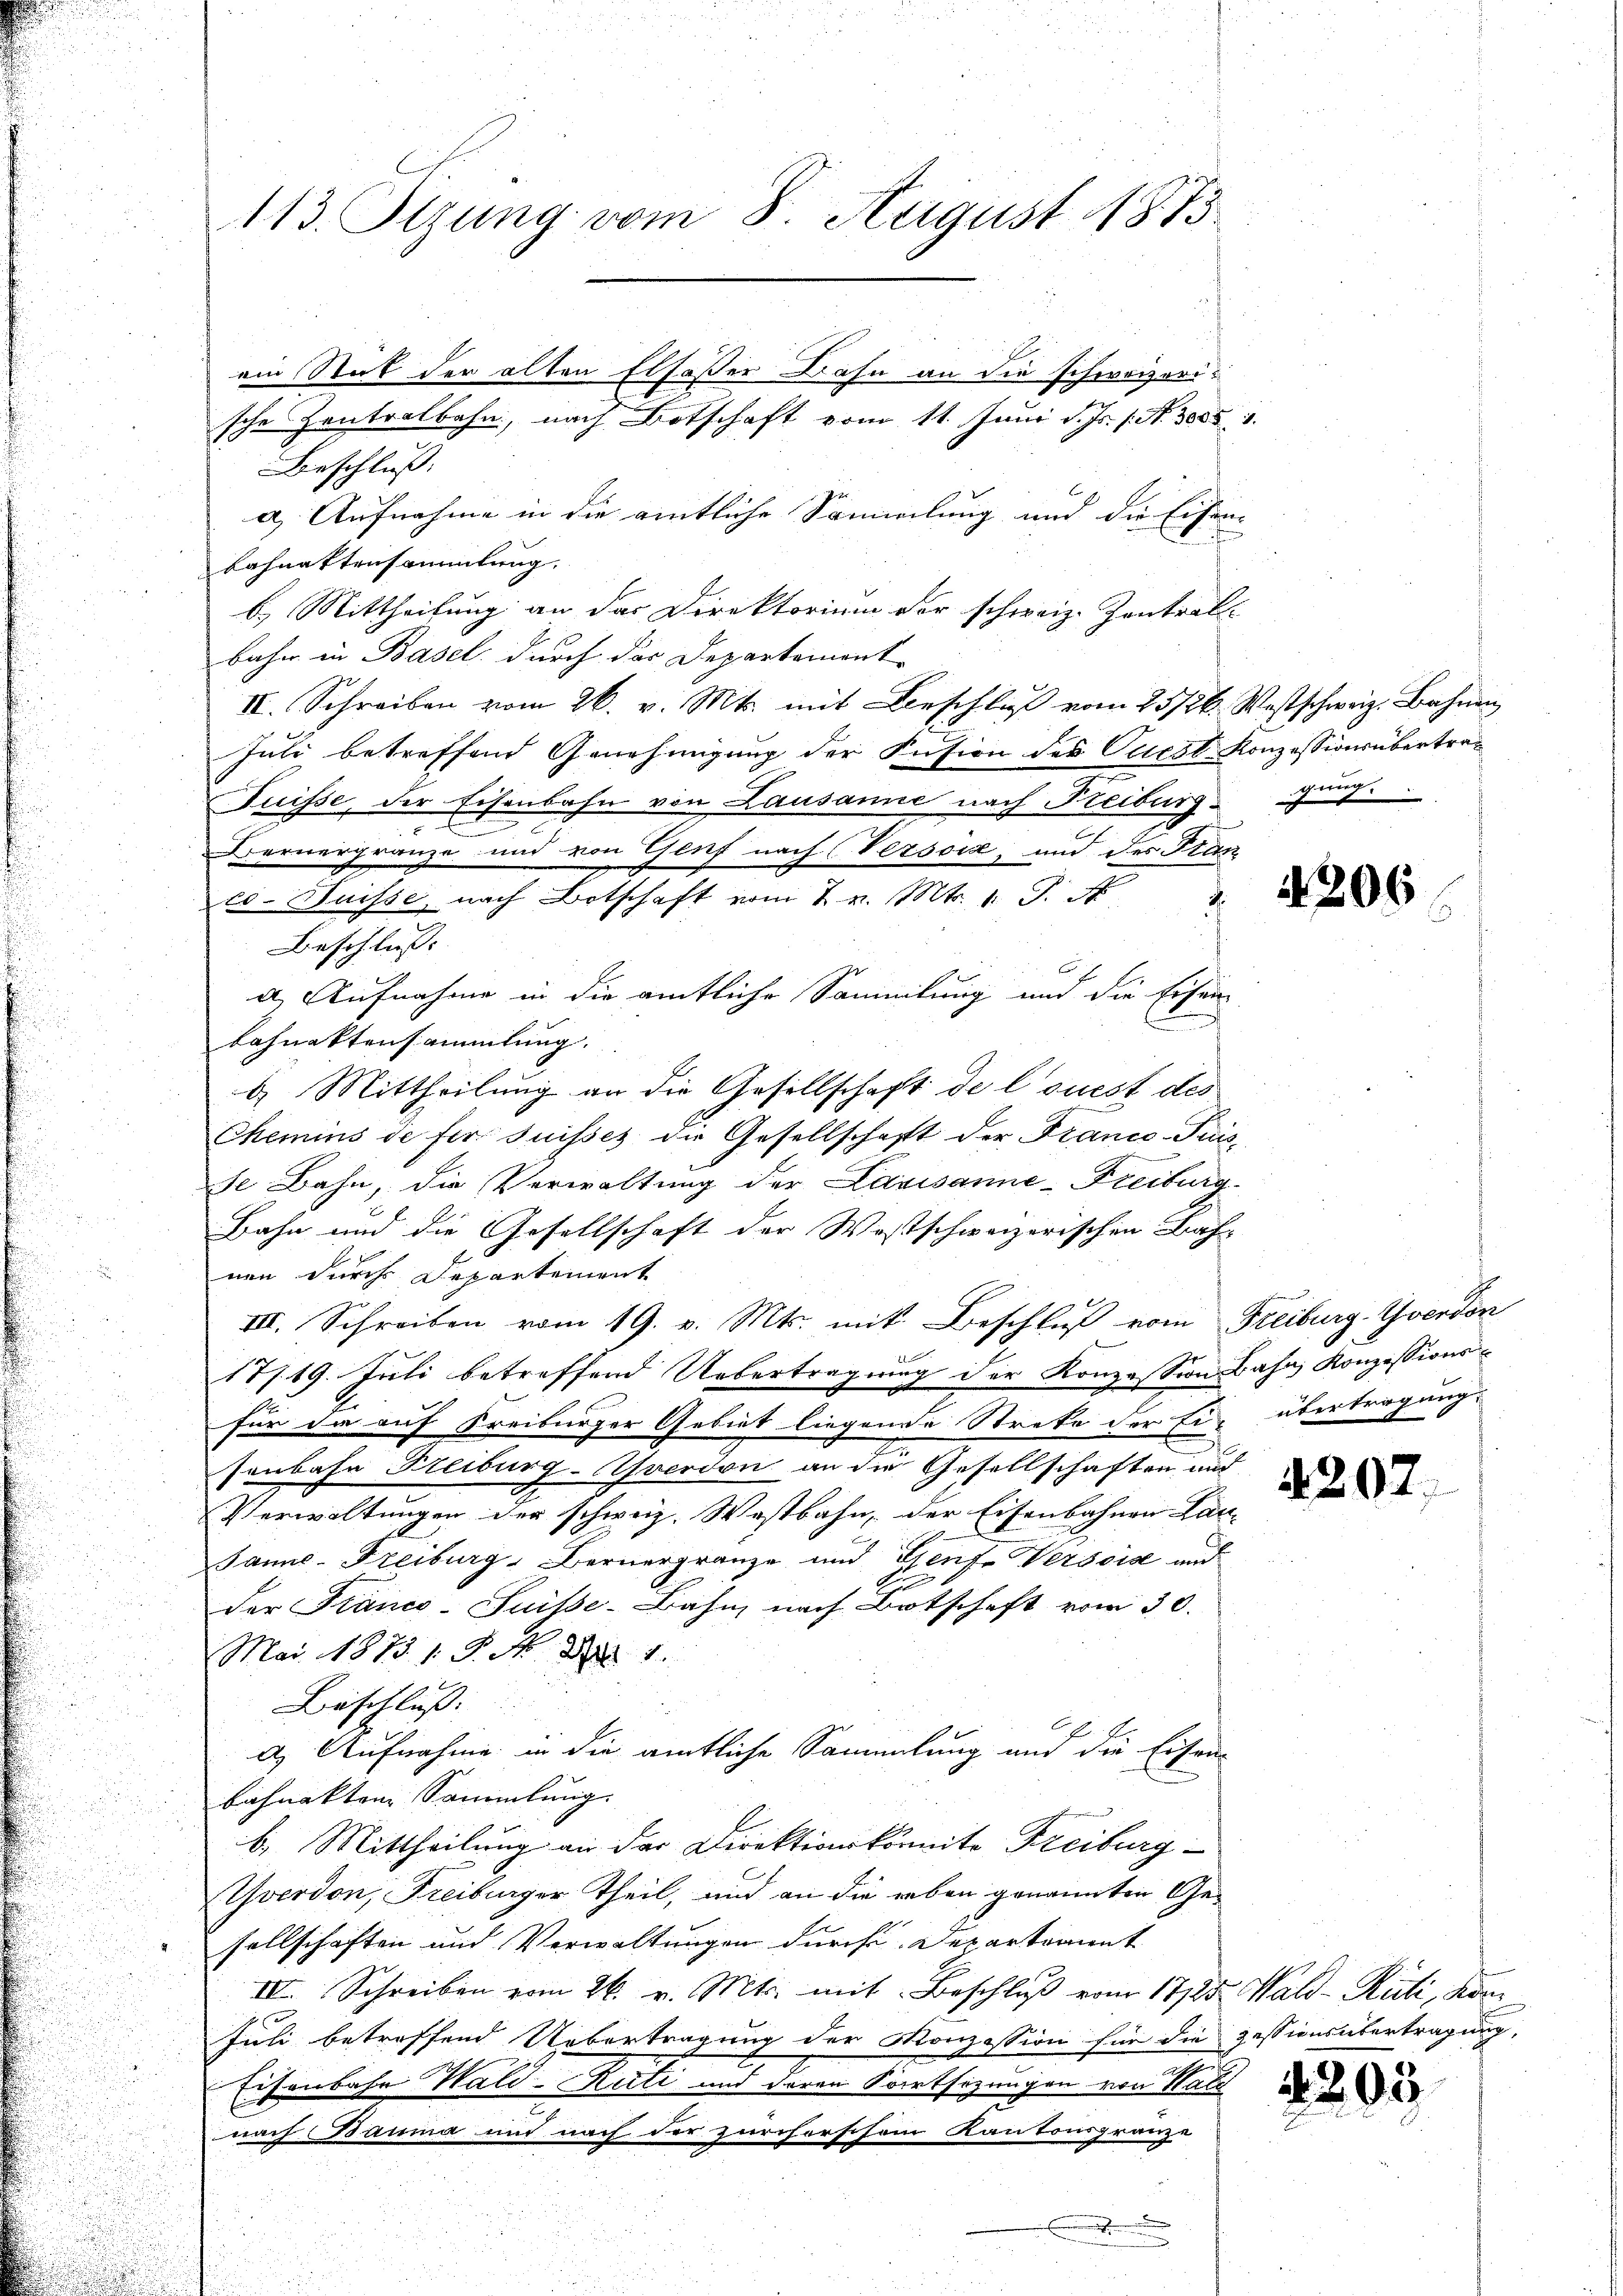
113. Stzung vom 8. August 1873

ein Stat der alten Elsasser Bahn an die schweizerische Zentralbahn, nach Botschaft vom 11. Juni d. Js. s. S. 3000
Beschluß:
a) Aufnahme in die amtliche Sammelung und die Eisen-
bahnattensammlung.
b.) Mittheilung an der Direktorium der schweiz. Zentrals
bahn in Basel durch das Departemente
IV. Schreiben vom 26. v. Mts. mit Beschluß vom 25/26. Westschweiz. Bahnen
Juli betreffend Genehmigung der Fusion des Ortest Konzessionsübertra¬
Puisse, der Eisenbahn von Lausanne nach Freiburg ging.
c
i
Bernergränze und von Genf nach Verson, und des Fran
Beschluss. |
a. Aufnahme in die amtliche Sammlung und die Eisen-
bahnaktensammlung.
b. Mittheilung an die Gesellschaft de louest des
Chemins de für suisses die Gesellschaft der Franco-Puisse Bahn, die Verwaltung der Lausanne-Freiburg¬
Bahn und die Gesellschaft der Westschweizerischen Bah
nen durch Departement
III. Schreiben vom 19. v. Mts. mit Beschluß vom Freiburg-Yverdon
17719. Juli betreffend Uebertragung der Konzession Bahn Konzessionsfür da auf Freiburger Gebiet liegende Streke der Ei- übertragung,
senbahn Freiburg-Yverdon an die Gesellschaften und
Verwaltungen der schweiz. Westbahn, der Eisenbahnen Lan-
4
Jans-Freiburg, Bernergränze und Genf erseise und
tu
der Franco-Suisse-Bahn nach Botschaft vom 30.
Mai 1873 s. S. Nr. 31.
Beschluss.
d) Aufnahme in die amtliche Sammlung und die Eisen-
bahnakten Sammlung
b. Mittheilung an der Direktionskomite Freiburg
Yverdon, Freiburger Theil, und an die reben genannten Gesellschaften und Verwaltungen durch Departement
IV. Schreiben vom 26. v. Mts. mit Beschluß vom 17/25. Wald–Rüti, Kom
Juli betreffend Uebertragung der Konzession für die Zessionsübertragung,
Eisenbahn Wald-Huti und deren Fortsezungen von Wald
nach Bauma und nach der zürcherschem Kantonsgränze
.

co Duisse, nach Botschaft vom 2. v. Mts. 1. P. N

4206

420.